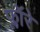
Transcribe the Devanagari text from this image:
फ्लॉरे